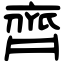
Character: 齊